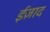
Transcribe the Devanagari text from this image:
ईज़ाद